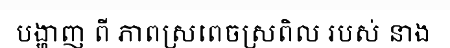
បង្ហាញ ពី ភាពស្រពេចស្រពិល របស់ នាង